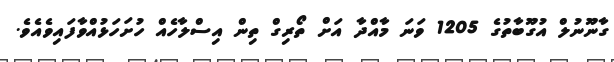
ގާނޫނުލް އުގޫބާތުގެ 1205 ވަނަ މާއްދާ އަށް ތޯރިގް ތިން އިސްލާހެއް ހުށަހަޅުއްވާފައިވެއެވެ.